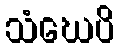
သံဃေပိ